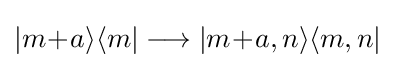
\vert m\!+\!a\rangle \langle m\vert \longrightarrow \vert m\!+\!a,n\rangle \langle m,n\vert